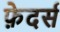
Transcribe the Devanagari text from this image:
फ़ेदर्स